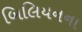
બિલિયનના